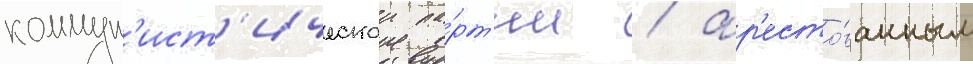
коммун'ист'ическои па́рт'ии / ар'есто́ванным